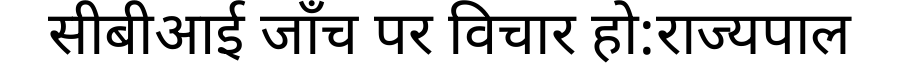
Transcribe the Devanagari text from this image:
सीबीआई जाँच पर विचार हो:राज्यपाल